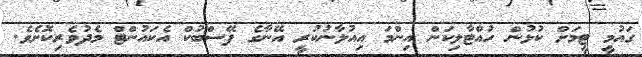
ގައުމީ ޓީމަށް ކުޅުން ހުއްޓާލިކަން އިންމަ އިއުލާނުކުރީ އޭނާގެ ފޭސްބުކް އެކައުންޓް މެދުވެރިކޮށެވެ.